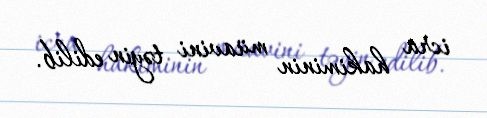
icra hakiminin müavini təyin edilib.